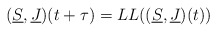
\begin{align*}(\underline{S},\underline{J})(t+\tau)=LL((\underline{S},\underline{J})(t))\end{align*}